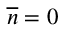
{ \overline { n } } = 0